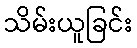
သိမ်းယူခြင်း